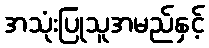
အသုံးပြုသူအမည်နှင့်